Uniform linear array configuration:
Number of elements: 24
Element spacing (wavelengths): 1
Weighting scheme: cosine
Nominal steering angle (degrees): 0
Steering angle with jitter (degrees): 0.8747
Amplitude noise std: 0.05
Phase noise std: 0.05

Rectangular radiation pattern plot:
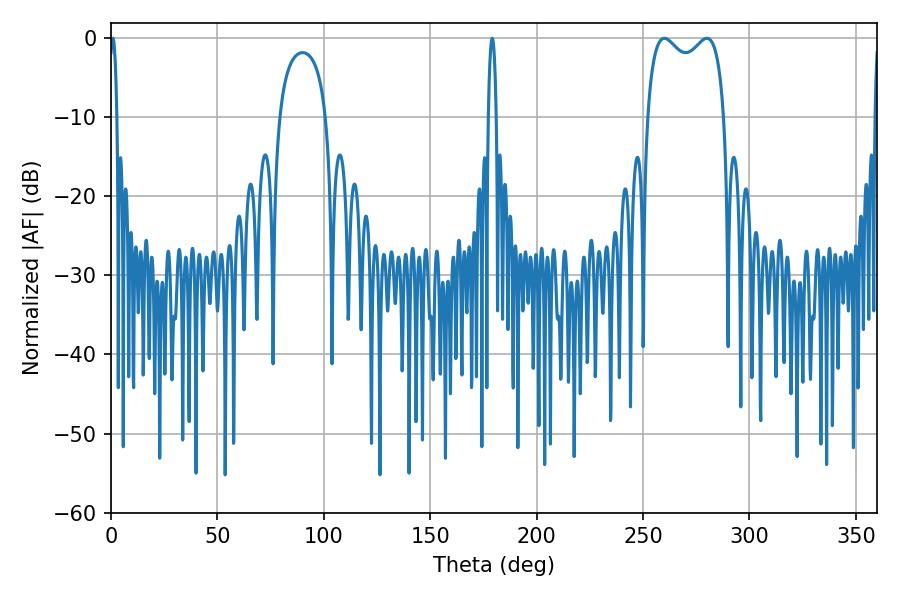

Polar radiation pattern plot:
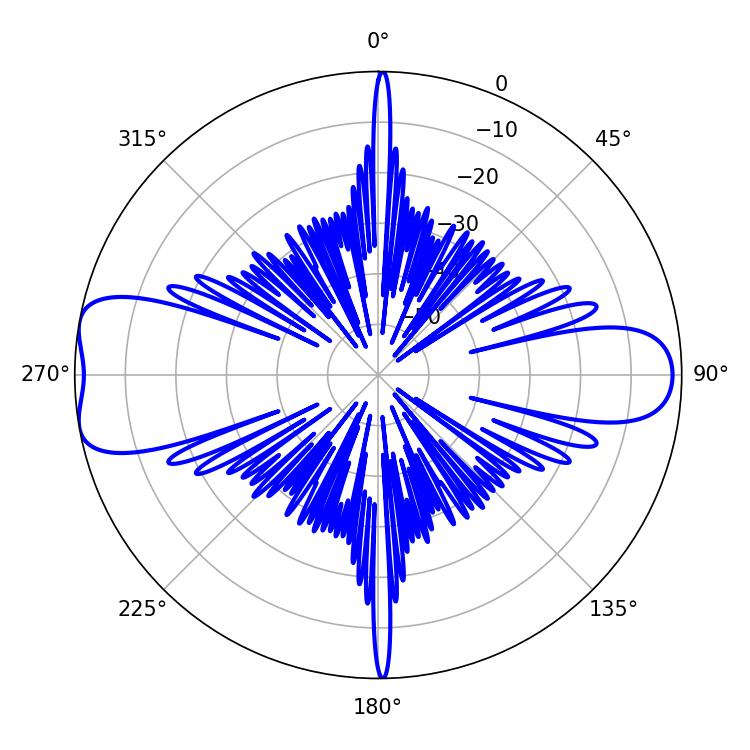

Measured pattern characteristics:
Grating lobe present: TRUE
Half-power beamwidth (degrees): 29.88
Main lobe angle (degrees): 259.92